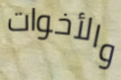
والأخوات